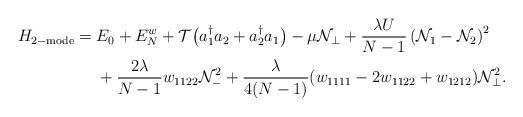
LaTeX: \begin{align*} H_{2\mathrm{-mode}}=\;&E_0+E^w_N+\mathcal{T}\big(a^\dagger_1a_2+a^\dagger_2a_1\big)-\mu\mathcal{N}_\perp+\frac{\lambda U}{N-1}\left(\mathcal{N}_1-\mathcal{N}_2\right)^2\\&+\frac{2\lambda}{N-1}w_{1122}\mathcal{N}^2_-+\frac{\lambda}{4(N-1)}(w_{1111}-2w_{1122}+w_{1212})\mathcal{N}_\perp^2.\end{align*}